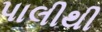
પાલીથી